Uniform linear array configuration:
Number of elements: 16
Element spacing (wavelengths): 0.25
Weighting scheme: uniform
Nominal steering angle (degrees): -15
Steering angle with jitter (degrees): -15.699
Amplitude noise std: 0.05
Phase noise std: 0.05

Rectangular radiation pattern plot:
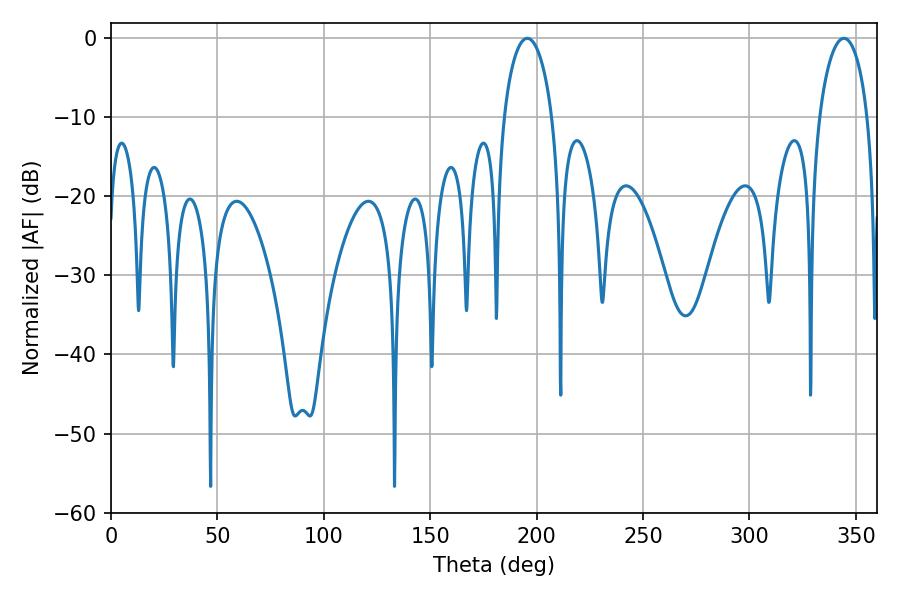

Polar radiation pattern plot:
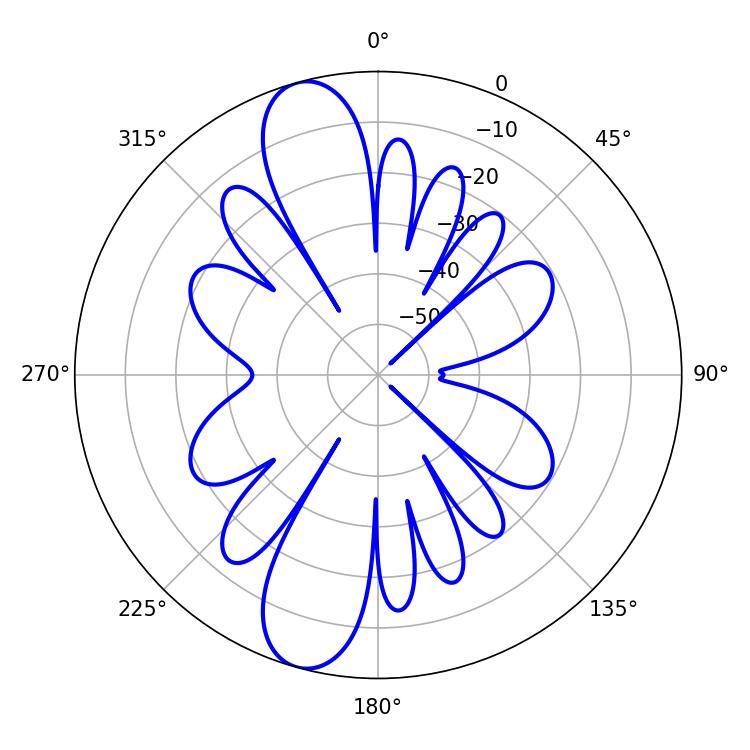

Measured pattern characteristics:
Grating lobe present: FALSE
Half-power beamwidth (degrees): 13.14
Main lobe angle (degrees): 195.66